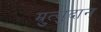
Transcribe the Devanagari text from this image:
म्रुत्युदान